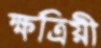
ক্ষত্রিয়ী